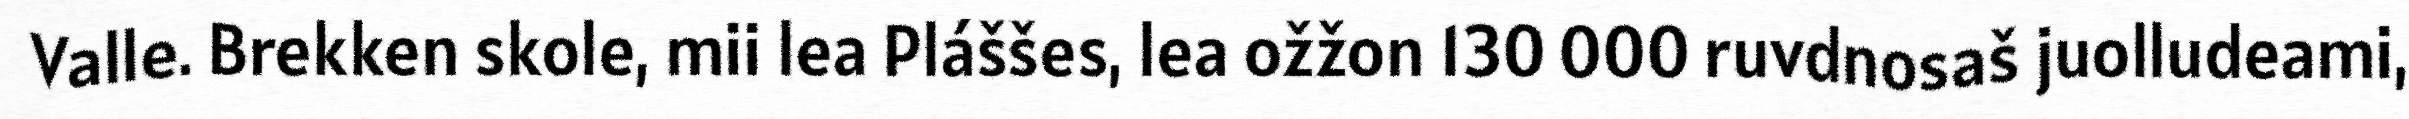
Valle. Brekken skole, mii lea Pláššes, lea ožžon 130 000 ruvdnosaš juolludeami,